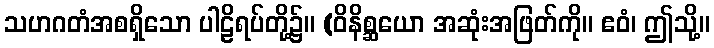
သဟဂတံအစရှိသော ပါဠိရပ်တို့၌။ (ဝိနိစ္ဆယော အဆုံးအဖြတ်ကို။ ဧဝံ၊ ဤသို့။